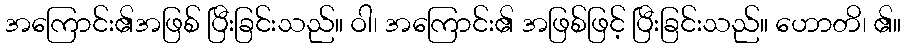
အကြောင်း၏အဖြစ် ပြီးခြင်းသည်။ ဝါ၊ အကြောင်း၏ အဖြစ်ဖြင့် ပြီးခြင်းသည်။ ဟောတိ၊ ၏။